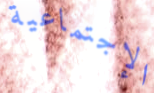
الإجتماعية